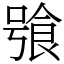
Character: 飸